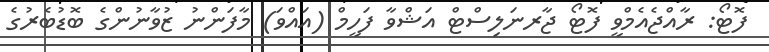
ފޮޓޯ: ރާއްޖެއެމްވީ ފޮޓޯ ޖާރނަލިސްޓް އަޝްވާ ފަހީމް (އައްވަ) މާފަންނު ޒުވާނުންގެ ބޮޑުބެރުގެ